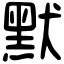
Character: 默